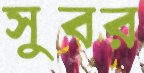
সুবর